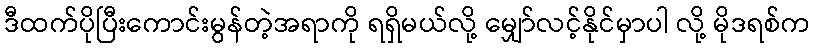
ဒီထက်ပိုပြီးကောင်းမွန်တဲ့အရာကို ရရှိမယ်လို့ မျှော်လင့်နိုင်မှာပါ လို့ မိုဒရစ်က